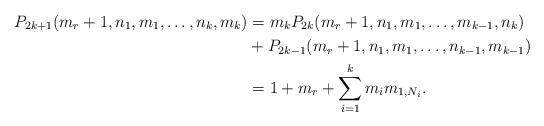
LaTeX: \begin{align*}P_{2k+1}(m_r+1,n_1,m_1,\dots,n_k,m_k)&=m_kP_{2k}(m_r+1,n_1,m_1,\dots,m_{k-1},n_k)\\&+P_{2k-1}(m_r+1,n_1,m_1,\dots,n_{k-1},m_{k-1})\\&=1+m_r+\sum\limits_{i=1}^k m_im_{1,N_i}.\end{align*}